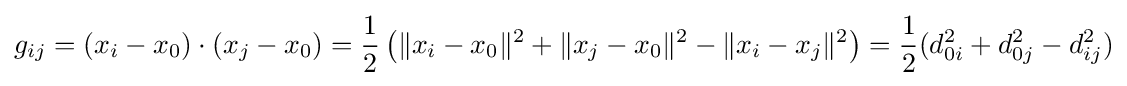
g_{ij}=(x_{i}-x_{0})\cdot (x_{j}-x_{0})={\frac {1}{2}}\left(\|x_{i}-x_{0}\|^{2}+\|x_{j}-x_{0}\|^{2}-\|x_{i}-x_{j}\|^{2}\right)={\frac {1}{2}}(d_{0i}^{2}+d_{0j}^{2}-d_{ij}^{2})